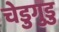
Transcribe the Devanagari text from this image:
चेडुगुडु